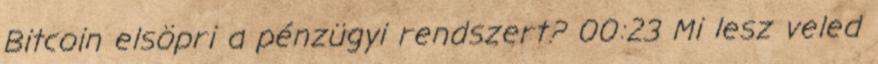
Bitcoin elsöpri a pénzügyi rendszert? 00:23 Mi lesz veled